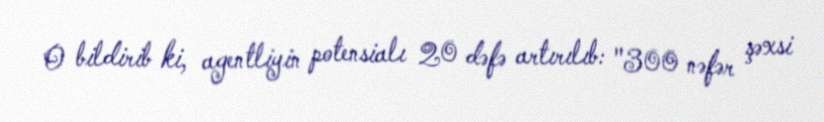
O bildirib ki, agentliyin potensialı 20 dəfə artırılıb: "300 nəfər şəxsi